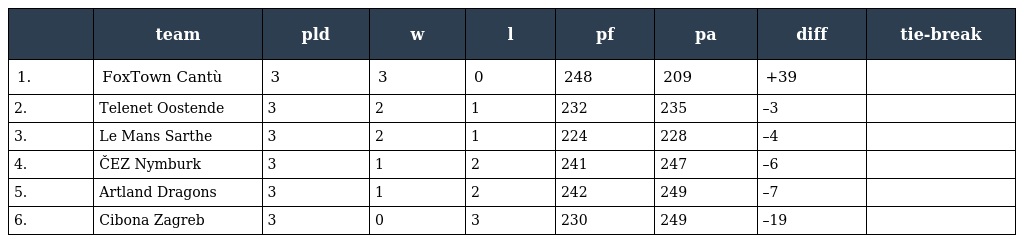
|  | team | pld | w | l | pf | pa | diff | tie-break |
 | --- | --- | --- | --- | --- | --- | --- | --- | --- |
 | 1. | FoxTown Cantù | 3 | 3 | 0 | 248 | 209 | +39 |  |
 | 2. | Telenet Oostende | 3 | 2 | 1 | 232 | 235 | –3 |  |
 | 3. | Le Mans Sarthe | 3 | 2 | 1 | 224 | 228 | –4 |  |
 | 4. | ČEZ Nymburk | 3 | 1 | 2 | 241 | 247 | –6 |  |
 | 5. | Artland Dragons | 3 | 1 | 2 | 242 | 249 | –7 |  |
 | 6. | Cibona Zagreb | 3 | 0 | 3 | 230 | 249 | –19 |  |